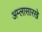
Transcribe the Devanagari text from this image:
अम्लासारखे